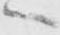
へ